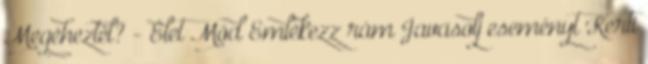
Megéheztél? - Élet Mód Emlékezz rám Javasolj eseményt Kerti